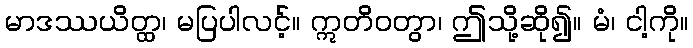
မာဒဿယိတ္ထ၊ မပြပါလင့်။ ဣတိဝတွာ၊ ဤသို့ဆို၍။ မံ၊ ငါ့ကို။